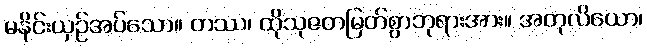
မနိုင်းယှဉ်အပ်သော။ တဿ၊ ထိုသုဇတမြတ်စွာဘုရားအား။ အတုလိယော၊